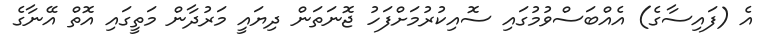
އެ (ފައިސާގެ) އެއްބަސްވުމުގައި ސޮއިކުރުމަށްފަހު ޖޮނަތަން ދިޔައީ މަރުދާން މަތީގައި އޮތް އޭނާގެ